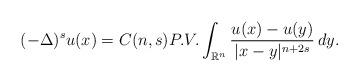
LaTeX: \begin{align*}(-\Delta)^su(x)=C(n,s)P.V.\int_{\mathbb{R}^n}\frac{u(x)-u(y)}{|x-y|^{n+2s}}\,dy.\end{align*}